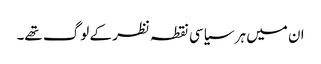
ان میں ہر سیاسی نقطہ نظر کے لوگ تھے۔